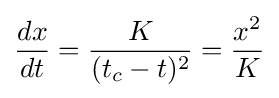
{\frac {dx}{dt}}={\frac {K}{(t_{c}-t)^{2}}}={\frac {x^{2}}{K}}